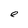
Character: e